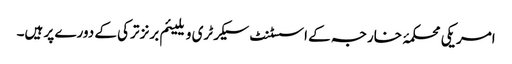
امریکی محکمۂ خارجہ کے اسسٹنٹ سیکرٹری ویلیئم برنز ترکی کے دورے پر ہیں۔